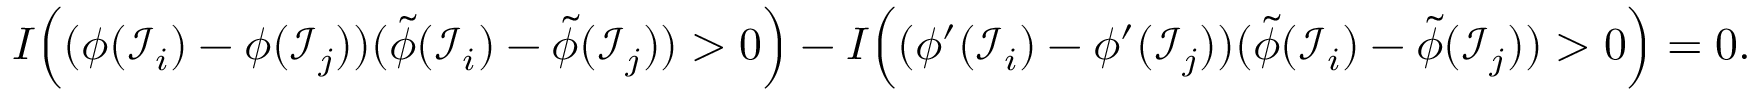
\begin{array} { r } { I \Big ( ( \phi ( \mathcal { I } _ { i } ) - \phi ( \mathcal { I } _ { j } ) ) ( \widetilde { \phi } ( \mathcal { I } _ { i } ) - \widetilde { \phi } ( \mathcal { I } _ { j } ) ) > 0 \Big ) - I \Big ( ( \phi ^ { \prime } ( \mathcal { I } _ { i } ) - \phi ^ { \prime } ( \mathcal { I } _ { j } ) ) ( \widetilde { \phi } ( \mathcal { I } _ { i } ) - \widetilde { \phi } ( \mathcal { I } _ { j } ) ) > 0 \Big ) = 0 . } \end{array}